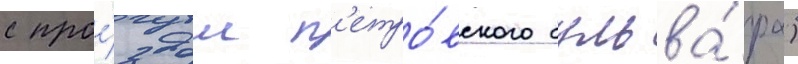
с прое́здом п'етро́вского бульва́ра)